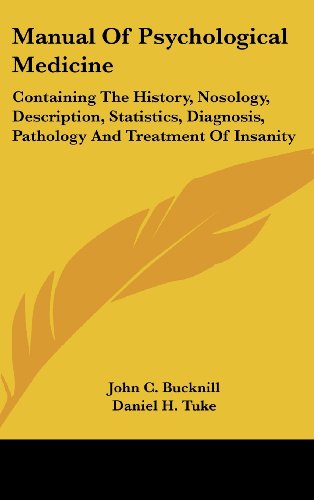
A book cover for Manual Of Psychological Medicine: Containing The History, Nosology, Description, Statistics, Diagnosis, Pathology And Treatment Of Insanity; John C. Bucknill; Medical Books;